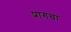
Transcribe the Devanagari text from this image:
प्रागचा